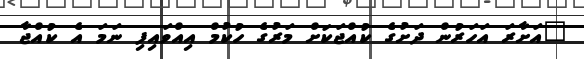
"އަށާރަ އަހަރުން ދަށުގެ ކުއްޖަކަށް މަރުގެ ހުކުމް އިއްވައިފި ނަމަ އެ ކުއްޖާ